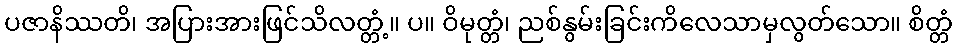
ပဇာနိဿတိ၊ အပြားအားဖြင်သိလတ္တံ့။ ပ။ ဝိမုတ္တံ၊ ညစ်နွမ်းခြင်းကိလေသာမှလွတ်သော။ စိတ္တံ